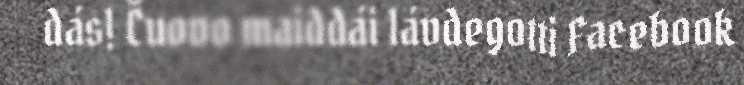
dás! Čuovo maiddái lávdegotti Facebook